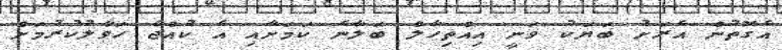
އެގޮތުން އެރަށު ބަޔަކު ވަނީ އިއްތިހާލް ބަލާނެ ކަމަށާއި އެ ކުއްޖާ ހަވާލުކުރުމަށް